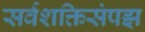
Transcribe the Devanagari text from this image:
सर्वशक्तिसंपझ